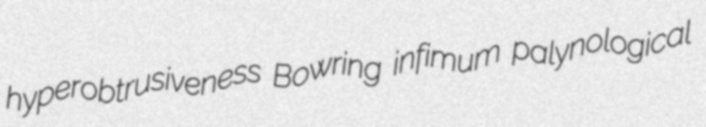
hyperobtrusiveness Bowring infimum palynological